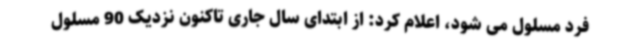
فرد مسلول می شود، اعلام کرد: از ابتدای سال جاری تاکنون نزدیک 90 مسلول